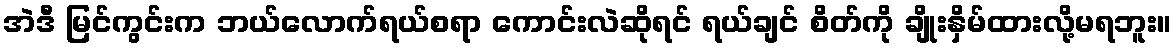
အဲဒီ မြင်ကွင်းက ဘယ်လောက်ရယ်စရာ ကောင်းလဲဆိုရင် ရယ်ချင် စိတ်ကို ချိုးနှိမ်ထားလို့မရဘူး။